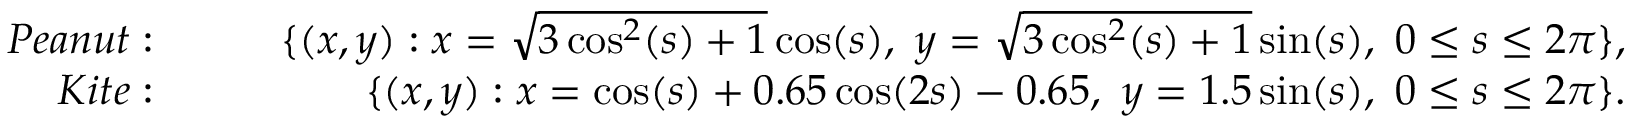
\begin{array} { r l r } { { P e a n u t : } } & { \quad } & { \{ ( x , y ) : x = \sqrt { 3 \cos ^ { 2 } ( s ) + 1 } \cos ( s ) , \ y = \sqrt { 3 \cos ^ { 2 } ( s ) + 1 } \sin ( s ) , \ 0 \le s \le 2 \pi \} , } \\ { { K i t e : } } & { \quad } & { \{ ( x , y ) : x = \cos ( s ) + 0 . 6 5 \cos ( 2 s ) - 0 . 6 5 , \ y = 1 . 5 \sin ( s ) , \ 0 \le s \le 2 \pi \} . } \end{array}